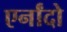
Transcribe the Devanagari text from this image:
एर्नांदो